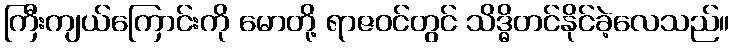
ကြီးကျယ်ကြောင်းကို မောတို့ ရာဇဝင်တွင် သိဒ္ဓိတင်နိုင်ခဲ့လေသည်။